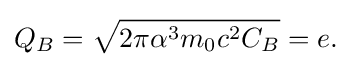
Q_{B}={\sqrt {2\pi \alpha ^{3}m_{0}c^{2}C_{B}}}=e.\